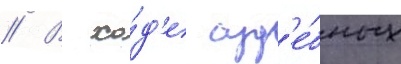
// В хо́д'е суд'е́бных